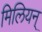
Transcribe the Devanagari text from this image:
मिलियन्